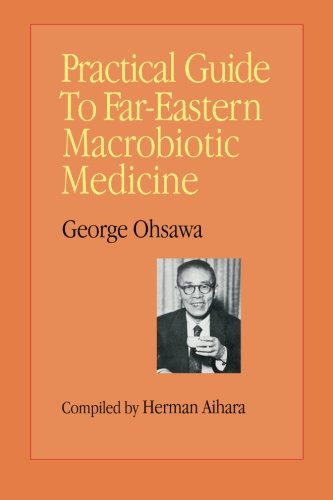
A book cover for Practical Guide to Far Eastern Macrobiotic Medicine; George Ohsawa; Health, Fitness & Dieting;